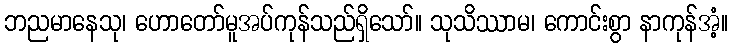
ဘညမာနေသု၊ ဟောတော်မူအပ်ကုန်သည်ရှိသော်။ သုသိဿာမ၊ ကောင်းစွာ နာကုန်အံ့။